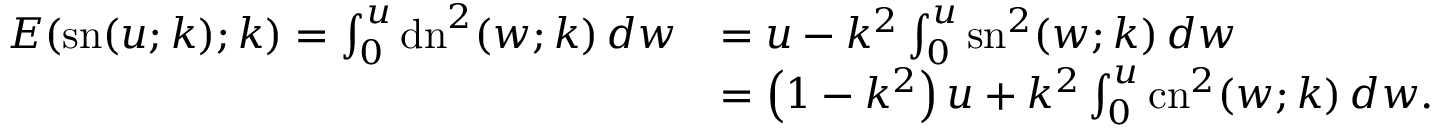
{ \begin{array} { r l } { E { \left( \operatorname { s n } ( u ; k ) ; k \right) } = \int _ { 0 } ^ { u } \operatorname { d n } ^ { 2 } ( w ; k ) \, d w } & { = u - k ^ { 2 } \int _ { 0 } ^ { u } \operatorname { s n } ^ { 2 } ( w ; k ) \, d w } \\ & { = \left( 1 - k ^ { 2 } \right) u + k ^ { 2 } \int _ { 0 } ^ { u } \operatorname { c n } ^ { 2 } ( w ; k ) \, d w . } \end{array} }